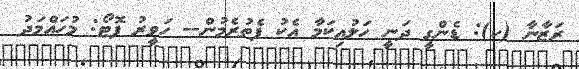
ރަޒާނާ (ކ): ޑެންގީ ދަނީ ހަލުއިކަމާ އެކު ފެތުރެމުން-- ހަވީރު ފޮޓޯ: މުހައްމަދު